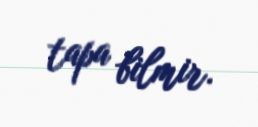
tapa bilmir.